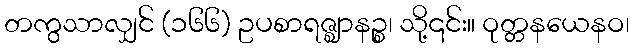
တကွသာလျှင် (၁၆၆) ဥပစာရဇ္ဈာနဉ္စ၊ သို့၎င်း။ ဝုတ္တနယေနဝ၊